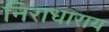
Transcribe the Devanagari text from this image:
निराधाराय